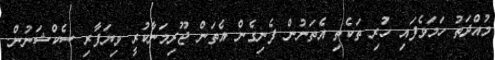
މުއްދަތު ހަމަވެފައި ހުރި ތަކެތި އެތަނުން ފެނިގެން އެތަން ޖޫރިމަނާކުރީ ވިޔަފާރި ސެކްޝަނުން.